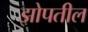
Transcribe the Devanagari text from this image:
झोपतील